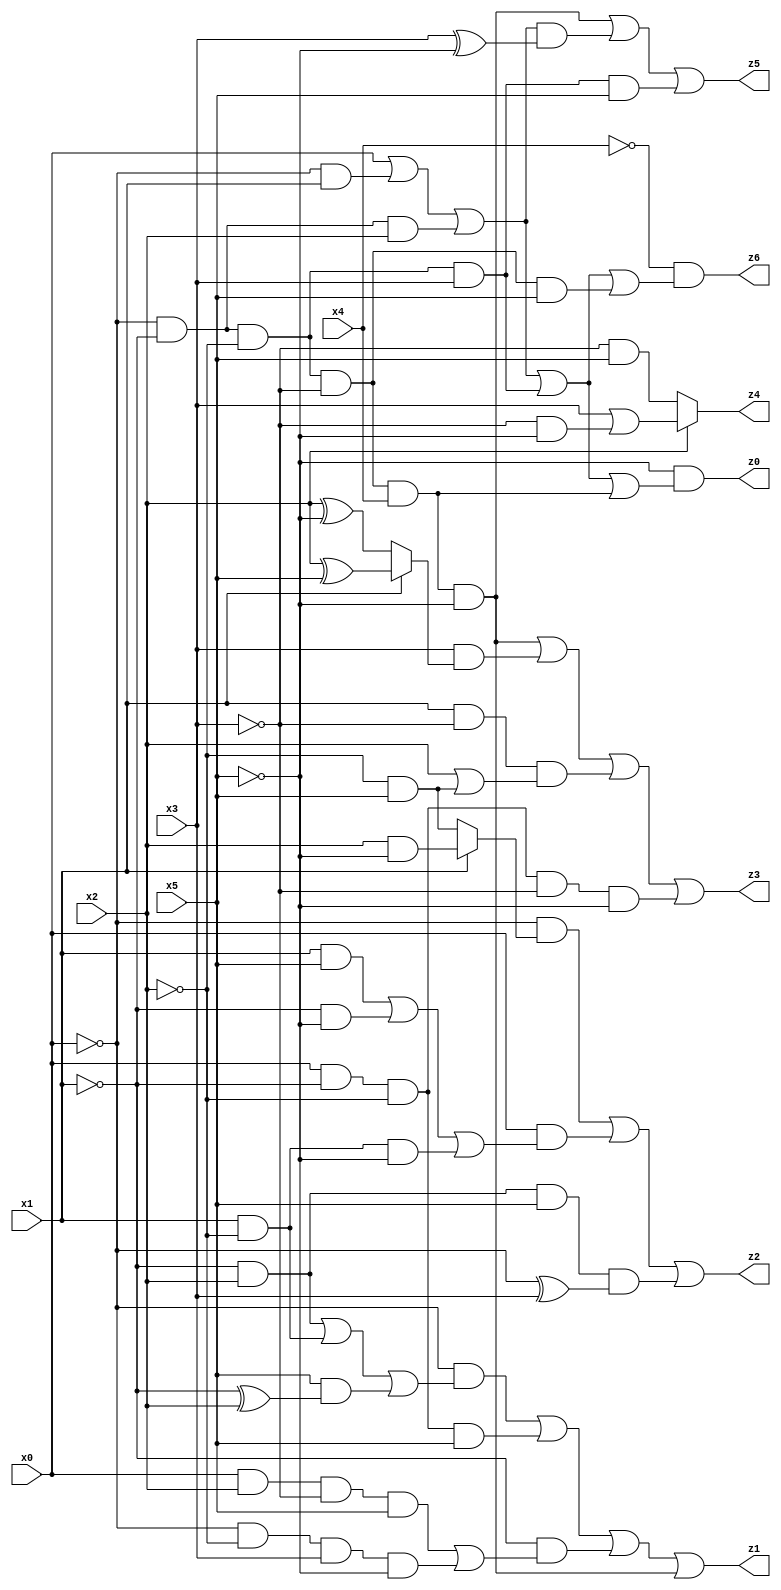
// Benchmark "X_45" written by ABC on Thu Jun 29 21:47:20 2023

module X_45 ( 
    x0, x1, x2, x3, x4, x5,
    z0, z1, z2, z3, z4, z5, z6  );
  input  x0, x1, x2, x3, x4, x5;
  output z0, z1, z2, z3, z4, z5, z6;
  assign z0 = ~x5 & (x0 | (~x0 & x1) | (~x0 & ~x1 & x2) | (~x0 & ~x1 & ~x2 & x3) | (~x0 & ~x1 & ~x2 & ~x3 & x4));
  assign z1 = (~x0 & ((~x1 & x2) | (x1 & ~x2) | (x5 & (~x1 ^ x2)))) | (x0 & ~x1 & ~x2 & x5) | (~x1 & ((x0 & x2 & ~x3 & x5) | (~x0 & ~x2 & x3 & ~x5))) | (~x0 & ~x1 & ~x2 & ~x3 & x4 & ~x5);
  assign z2 = (~x0 & (x1 ? (x2 & ~x5) : (~x2 & x5))) | (x0 & ((x1 & x5) | (~x1 & ~x5) | (x1 & ~x2 & ~x5))) | (~x1 & x2 & x5 & (~x0 ^ x3));
  assign z3 = (~x0 & ~x1 & ~x2 & ~x3 & x4 & ~x5) | (x3 & (x1 ? (x2 ^ x5) : (x2 ^ ~x5))) | (x1 & ~x3 & (x2 | (~x2 & x5))) | (x0 & ~x1 & ~x2 & ~x3 & ~x5);
  assign z4 = x2 ? (x3 | (~x3 & ~x5)) : (~x3 & x5);
  assign z5 = (~x0 & ~x1 & ~x2 & ~x3 & x4 & ~x5) | ((x0 | (~x0 & x1) | (~x0 & ~x1 & x2)) & (x3 ^ ~x5)) | (~x0 & ~x1 & ~x2 & x3 & x5);
  assign z6 = ~x4 & (x0 | (~x0 & x1) | (~x0 & ~x1 & x2) | (~x0 & ~x1 & ~x2 & x3) | (~x0 & ~x1 & ~x2 & ~x3 & x5));
endmodule